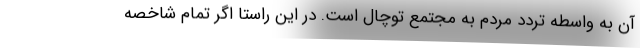
آن به واسطه تردد مردم به مجتمع توچال است. در این راستا اگر تمام شاخصه